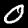
Digit: 0